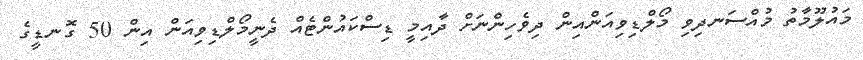
މައުލޫމާތު މުއްސަނދިވި މޯލްޑިވިއަންއިން ދިވެހިންނަށް ދާއިމީ ޑިސްކައުންޓެއް ދެނީމޯލްޑިވިއަން އިން 50 ގޮނޑީގެ